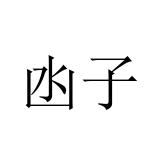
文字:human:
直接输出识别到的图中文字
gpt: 凼子